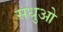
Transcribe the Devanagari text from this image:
सधुओ